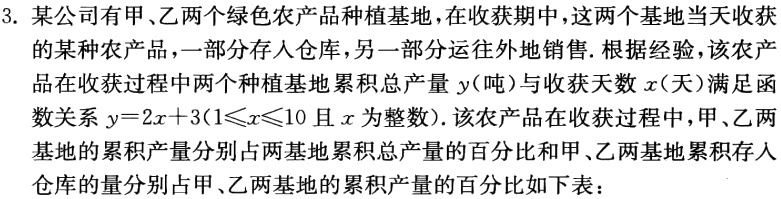
3. 某公司有甲、乙两个绿色农产品种植基地，在收获期中，这两个基地当天收获的某种农产品，一部分存入仓库，另一部分运往外地销售. 根据经验，该农产品在收获过程中两个种植基地累积总产量 \(y\)（吨）与收获天数 \(x\)（天）满足函数关系 \(y = 2x + 3(1\leqslant x\leqslant10\) 且 \(x\) 为整数). 该农产品在收获过程中，甲、乙两基地的累积产量分别占两基地累积总产量的百分比和甲、乙两基地累积存入仓库的量分别占甲、乙两基地的累积产量的百分比如下表：